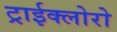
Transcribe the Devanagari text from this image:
ट्राईक्लोरो